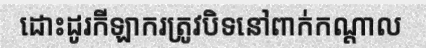
ដោះដូរកីឡាករត្រូវបិទនៅពាក់កណ្តាល